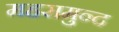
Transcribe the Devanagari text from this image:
महसमुन्द